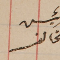
رئيس مخالف